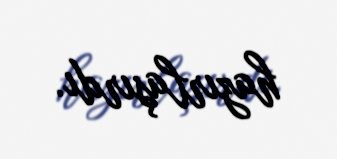
hazırlaşırdı.